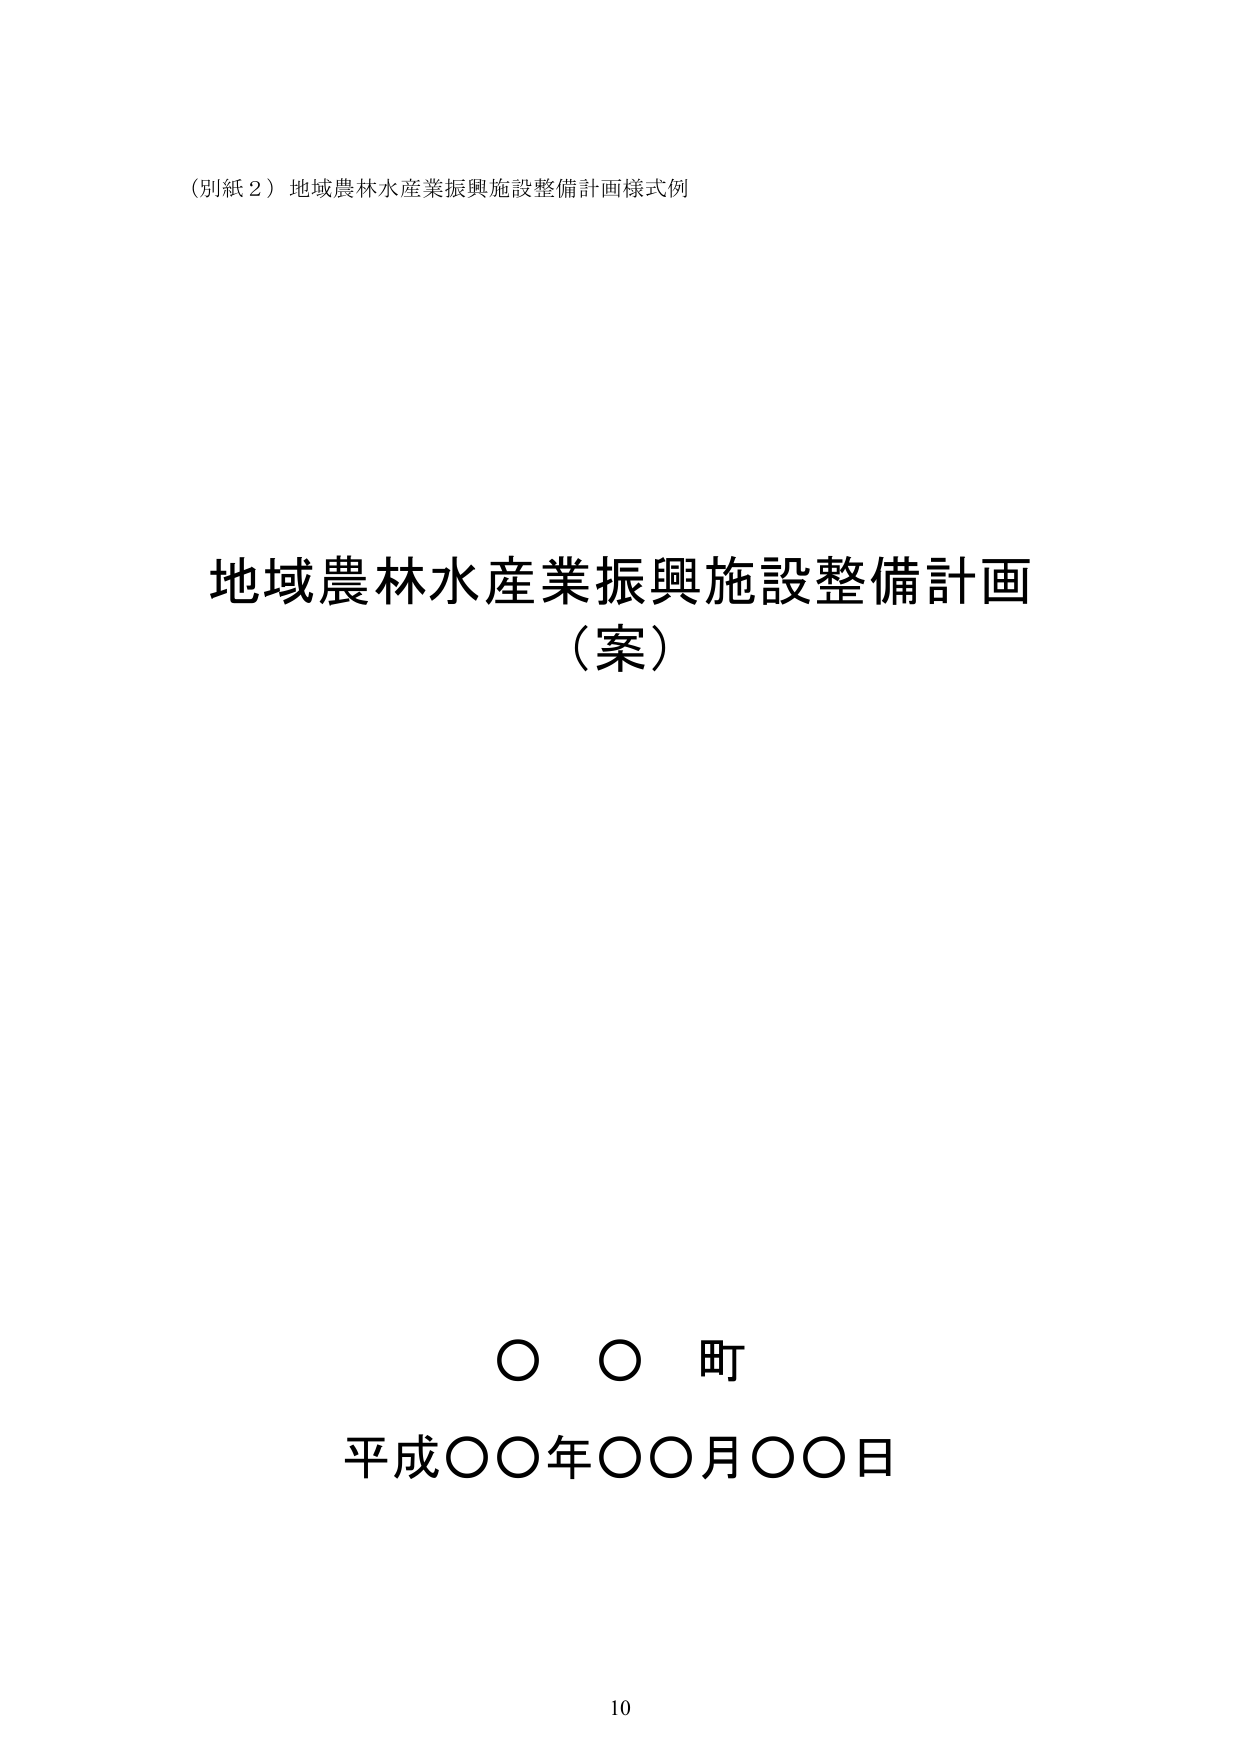
（別紙２）地域農林水産業振興施設整備計画様式例

地域農林水産業振興施設整備計画
（案）

○ ○ 町
平成○○年○○月○○日

10